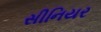
સીનિયર